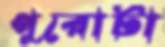
পুরোটা